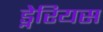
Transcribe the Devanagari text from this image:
ड्नेरियस